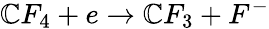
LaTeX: \mathbb{C}F_{4}+e\rightarrow\mathbb{C}F_{3}+F^{-}